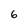
Character: 6